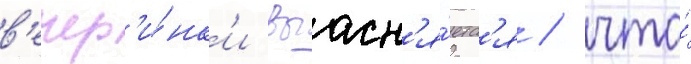
в'ечер'и́нк'и выасн'я́етс'я / что́